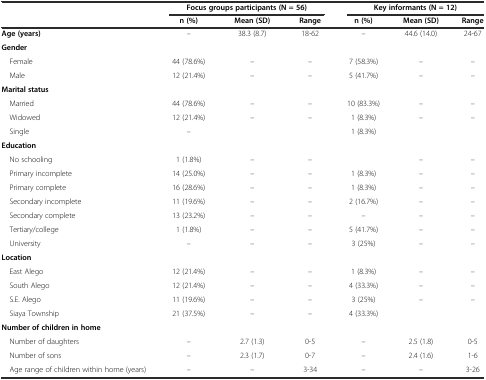
<table><thead><tr><td></td><td colspan="3"><b>Focus groups participants (N = 56)</b></td><td colspan="3"><b>Key informants (N = 12)</b></td></tr><tr><td></td><td><b>n (%)</b></td><td><b>Mean (SD)</b></td><td><b>Range</b></td><td><b>n (%)</b></td><td><b>Mean (SD)</b></td><td><b>Range</b></td></tr></thead><tbody><tr><td><b>Age (years)</b></td><td>–</td><td>38.3 (8.7)</td><td>18-62</td><td>–</td><td>44.6 (14.0)</td><td>24-67</td></tr><tr><td><b>Gender</b></td><td></td><td></td><td></td><td></td><td></td><td></td></tr><tr><td> Female</td><td>44 (78.6%)</td><td>–</td><td>–</td><td>7 (58.3%)</td><td>–</td><td>–</td></tr><tr><td> Male</td><td>12 (21.4%)</td><td>–</td><td>–</td><td>5 (41.7%)</td><td>–</td><td>–</td></tr><tr><td><b>Marital status</b></td><td></td><td></td><td></td><td></td><td></td><td></td></tr><tr><td> Married</td><td>44 (78.6%)</td><td>–</td><td>–</td><td>10 (83.3%)</td><td>–</td><td>–</td></tr><tr><td> Widowed</td><td>12 (21.4%)</td><td>–</td><td>–</td><td>1 (8.3%)</td><td>–</td><td>–</td></tr><tr><td> Single</td><td>–</td><td></td><td></td><td>1 (8.3%)</td><td></td><td></td></tr><tr><td><b>Education</b></td><td></td><td></td><td></td><td></td><td></td><td></td></tr><tr><td> No schooling</td><td>1 (1.8%)</td><td>–</td><td>–</td><td></td><td>–</td><td>–</td></tr><tr><td> Primary incomplete</td><td>14 (25.0%)</td><td>–</td><td>–</td><td>1 (8.3%)</td><td>–</td><td>–</td></tr><tr><td> Primary complete</td><td>16 (28.6%)</td><td>–</td><td>–</td><td>1 (8.3%)</td><td>–</td><td>–</td></tr><tr><td> Secondary incomplete</td><td>11 (19.6%)</td><td>–</td><td>–</td><td>2 (16.7%)</td><td>–</td><td>–</td></tr><tr><td> Secondary complete</td><td>13 (23.2%)</td><td>–</td><td>–</td><td>–</td><td>–</td><td>–</td></tr><tr><td> Tertiary/college</td><td>1 (1.8%)</td><td>–</td><td>–</td><td>5 (41.7%)</td><td>–</td><td>–</td></tr><tr><td> University</td><td>–</td><td>–</td><td>–</td><td>3 (25%)</td><td>–</td><td>–</td></tr><tr><td><b>Location</b></td><td></td><td></td><td></td><td></td><td></td><td></td></tr><tr><td> East Alego</td><td>12 (21.4%)</td><td>–</td><td>–</td><td>1 (8.3%)</td><td>–</td><td>–</td></tr><tr><td> South Alego</td><td>12 (21.4%)</td><td>–</td><td>–</td><td>4 (33.3%)</td><td>–</td><td>–</td></tr><tr><td> S.E. Alego</td><td>11 (19.6%)</td><td>–</td><td>–</td><td>3 (25%)</td><td>–</td><td>–</td></tr><tr><td> Siaya Township</td><td>21 (37.5%)</td><td>–</td><td>–</td><td>4 (33.3%)</td><td></td><td></td></tr><tr><td><b>Number of children in home</b></td><td></td><td></td><td></td><td></td><td></td><td></td></tr><tr><td> Number of daughters</td><td>–</td><td>2.7 (1.3)</td><td>0-5</td><td>–</td><td>2.5 (1.8)</td><td>0-5</td></tr><tr><td> Number of sons</td><td>–</td><td>2.3 (1.7)</td><td>0-7</td><td>–</td><td>2.4 (1.6)</td><td>1-6</td></tr><tr><td> Age range of children within home (years)</td><td>–</td><td>–</td><td>3-34</td><td>–</td><td>–</td><td>3-26</td></tr></tbody></table>